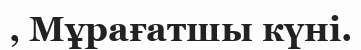
, Мұрағатшы күні.